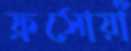
ফ্রসোয়াঁ